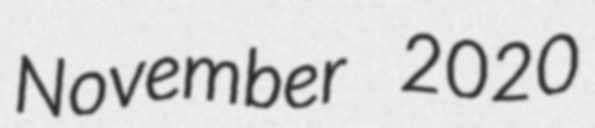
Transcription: November 2020